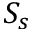
S _ { s }